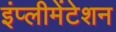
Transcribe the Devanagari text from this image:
इंप्लीमेंटेशन